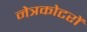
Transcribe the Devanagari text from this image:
नेत्रकोटरों